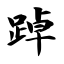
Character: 踔